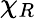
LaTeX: \chi_{R}